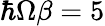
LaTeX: \hbar\Omega\beta=5